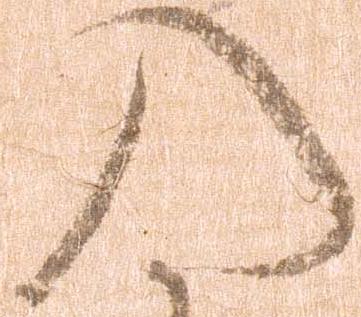
入